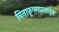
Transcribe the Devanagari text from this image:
विनाकृष्णप्रसादेन